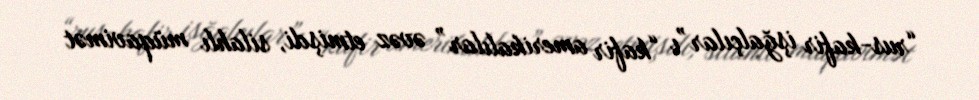
“rus-kafir işğalçılar”ı “kafir amerikalılar” əvəz etmişdi, silahlı müqavimət